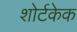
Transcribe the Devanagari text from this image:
शोर्टकेक